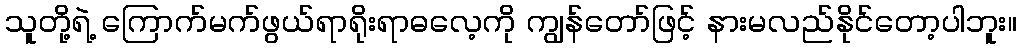
သူတို့ရဲ့ ကြောက်မက်ဖွယ်ရာရိုးရာဓလေ့ကို ကျွန်တော်ဖြင့် နားမလည်နိုင်တော့ပါဘူး။